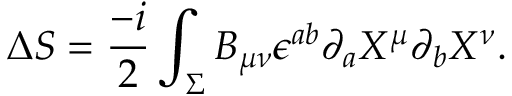
\Delta S = \frac { - i } { 2 } \int _ { \Sigma } B _ { \mu \nu } \epsilon ^ { a b } \partial _ { a } X ^ { \mu } \partial _ { b } X ^ { \nu } .